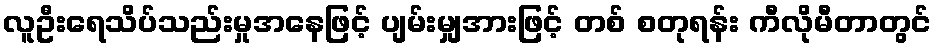
လူဦးရေသိပ်သည်းမှုအနေဖြင့် ပျမ်းမျှအားဖြင့် တစ် စတုရန်း ကီလိုမီတာတွင်